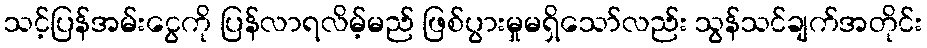
သင့်ပြန်အမ်းငွေကို ပြန်လာရလိမ့်မည် ဖြစ်ပွားမှုမရှိသော်လည်း သွန်သင်ချက်အတိုင်း